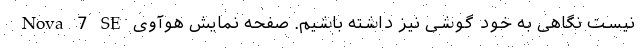
نیست نگاهی به خود گوشی نیز داشته باشیم. صفحه نمایش هوآوی Nova 7 SE